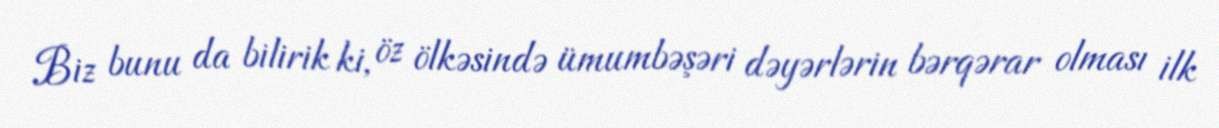
Biz bunu da bilirik ki, öz ölkəsində ümumbəşəri dəyərlərin bərqərar olması ilk